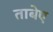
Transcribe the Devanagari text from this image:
ताबेए